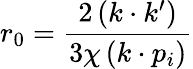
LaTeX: r_{0}=\frac{2\left(k\cdot k^{\prime}\right)}{3\chi\left(k\cdot p_{i}\right)}